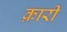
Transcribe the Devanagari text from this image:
क़ारी